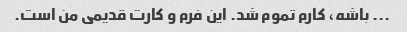
... باشه، کارم تموم شد. این فرم و کارت قدیمی من است.